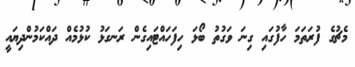
މެޗުގެ ފުރަތަމަ ހާފުގައި ގިނަ ވަގުތު ބޯޅަ ހިފަހައްޓައިގެން ރަނގަޅު ކުޅުމެއް ދައްކަމުންދިޔައީ